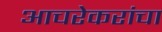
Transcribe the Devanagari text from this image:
आचरेकरांचा